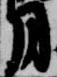
月